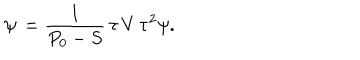
LaTeX: \psi \, = { \frac { 1 } { P _ { 0 } - S } } \, \tau \, V \, \tau ^ { 2 } \psi .